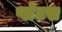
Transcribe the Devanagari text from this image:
प्लेटस